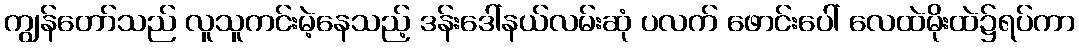
ကျွန်တော်သည် လူသူကင်းမဲ့နေသည့် ဒန်းဒေါ်နယ်လမ်းဆုံ ပလက် ဖောင်းပေါ် လေထဲမိုးထဲ၌ရပ်ကာ